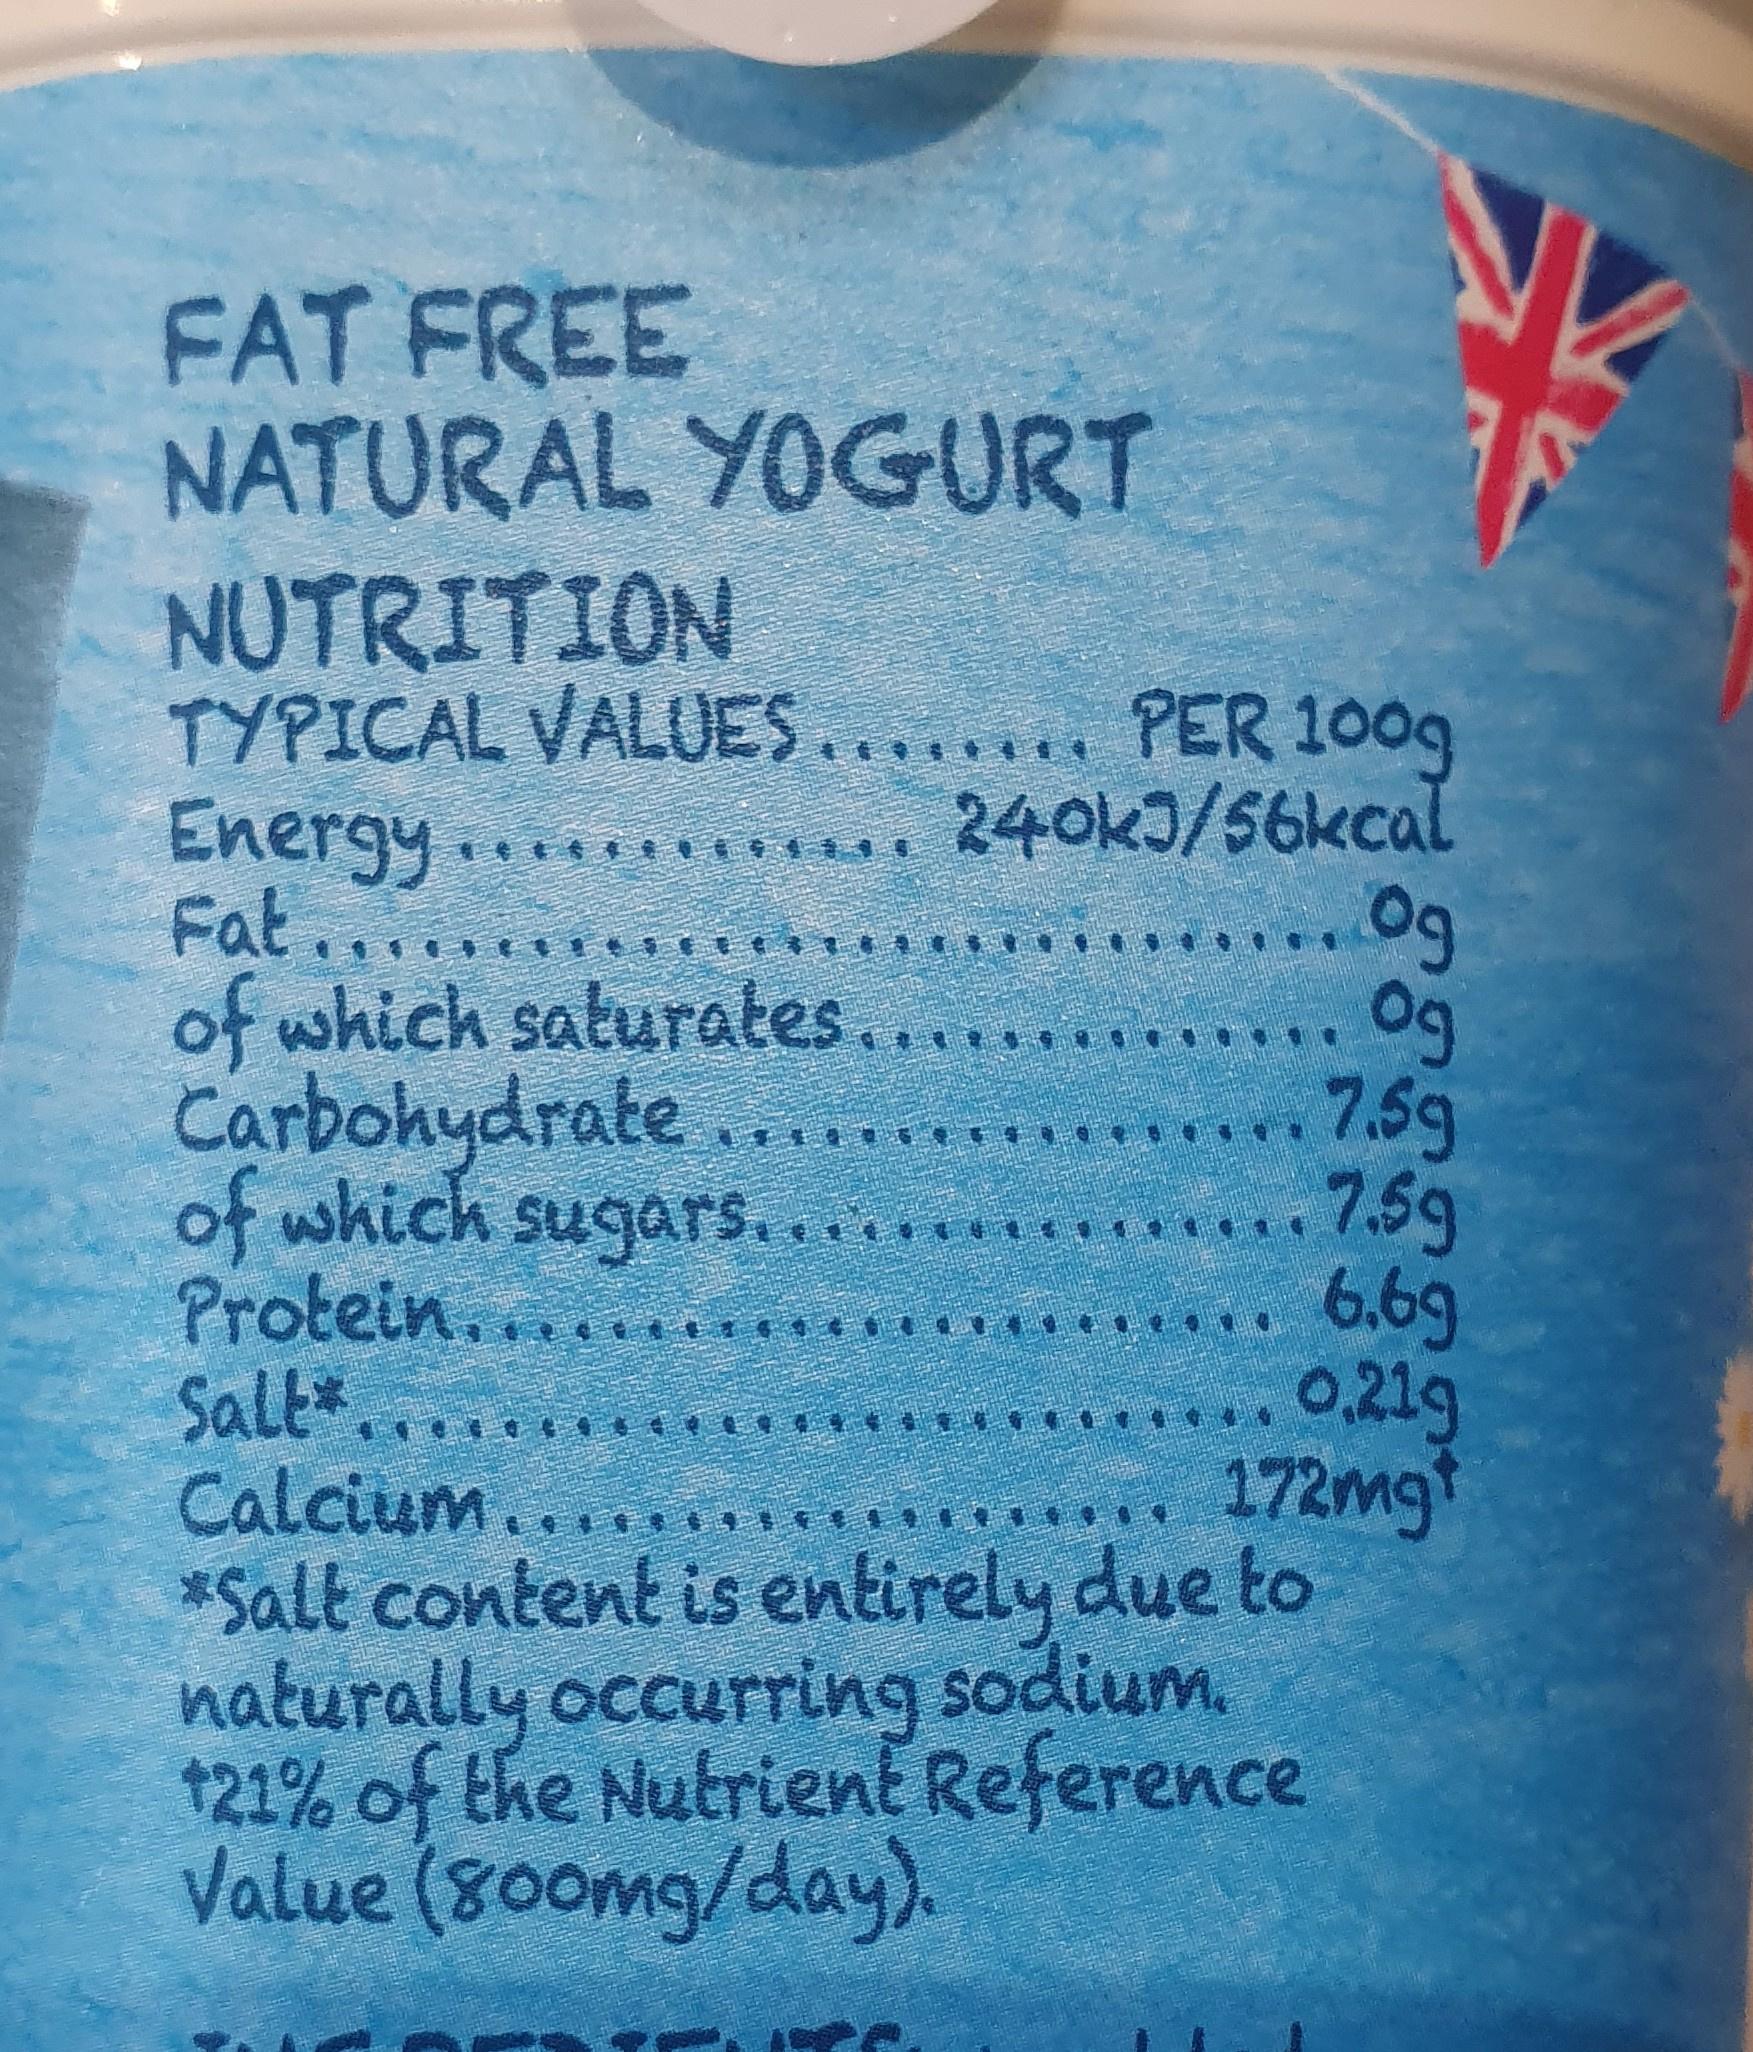
FAT FREE NATURAL YOGURT
NUTRITION TYPICAL VALUES Energy.... Fat.... of which saturates. Carbohydrate .... of which sugars..... 59 Protein.
PER 1009 240kJ/56kcal 0g 0g 7.5g
6,69 0,21g 172mg*
ALC dttf et 量
Calcium......*** *Salt content is entirely due to naturally occurring sodium, 121% of the Nutrient Reference Value (80omg/day).